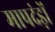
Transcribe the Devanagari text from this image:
मापदंड़ों